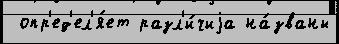
 опр'ед'ел'я́ет разл'и́чиjа на́званы